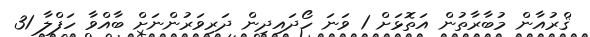
ޤްރުއާން މުބާރާތުން އަތޮޅަށް 1 ވަނަ ހޯދައިދިން ދަރިވަރުންނަށް ބާއްވާ ހަފްލާ 31